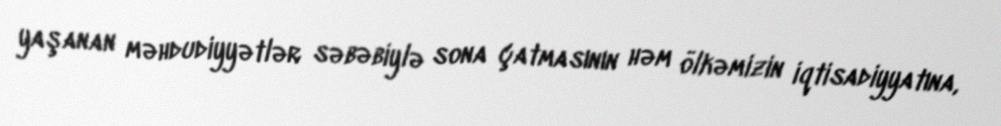
yaşanan məhdudiyyətlər səbəbiylə sona çatmasının həm ölkəmizin iqtisadiyyatına,